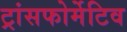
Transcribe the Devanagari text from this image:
ट्रांसफोर्मेटिव